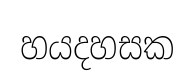
හයදහසක